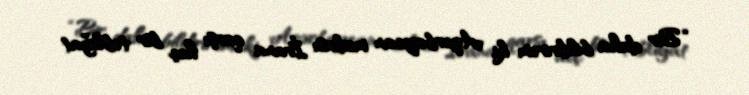
“Bir daha bildirirəm ki, Azərbaycan mediası İrana qarşı heç bir təbliğat